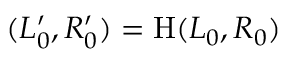
( L _ { 0 } ^ { \prime } , R _ { 0 } ^ { \prime } ) = \mathrm { H } ( L _ { 0 } , R _ { 0 } )